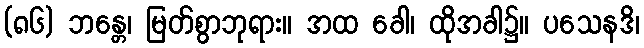
(၈၆) ဘန္တေ၊ မြတ်စွာဘုရား။ အထ ခေါ၊ ထိုအခါ၌။ ပသေနဒိ၊